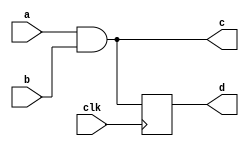
/////////////////////////////////////////
//  Functionality: 2-input AND with clocked 
//                 and combinational outputs 
////////////////////////////////////////

`timescale 1ns / 1ps

module and2_latch(
  a,
  b,
  clk,
  c,
  d);

input wire clk;

input wire a;
input wire b;
output wire c;
output reg d;

assign c = a & b;

always @(posedge clk) begin
  d <= c;
end

endmodule